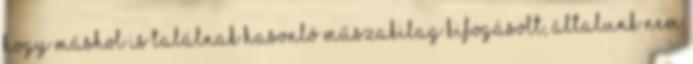
hogy máshol is találnak hasonló műszakilag kifogásolt, általunk nem